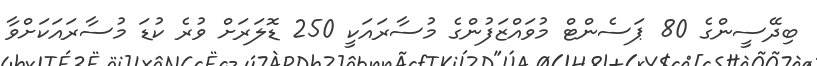
ބިދޭސީންގެ 80 ޕަސެންޓް މުވައްޒަފުންގެ މުސާރައަކީ 250 ޑޮލަރަށް ވުރެ ކުޑަ މުސާރައަކަށްވާ